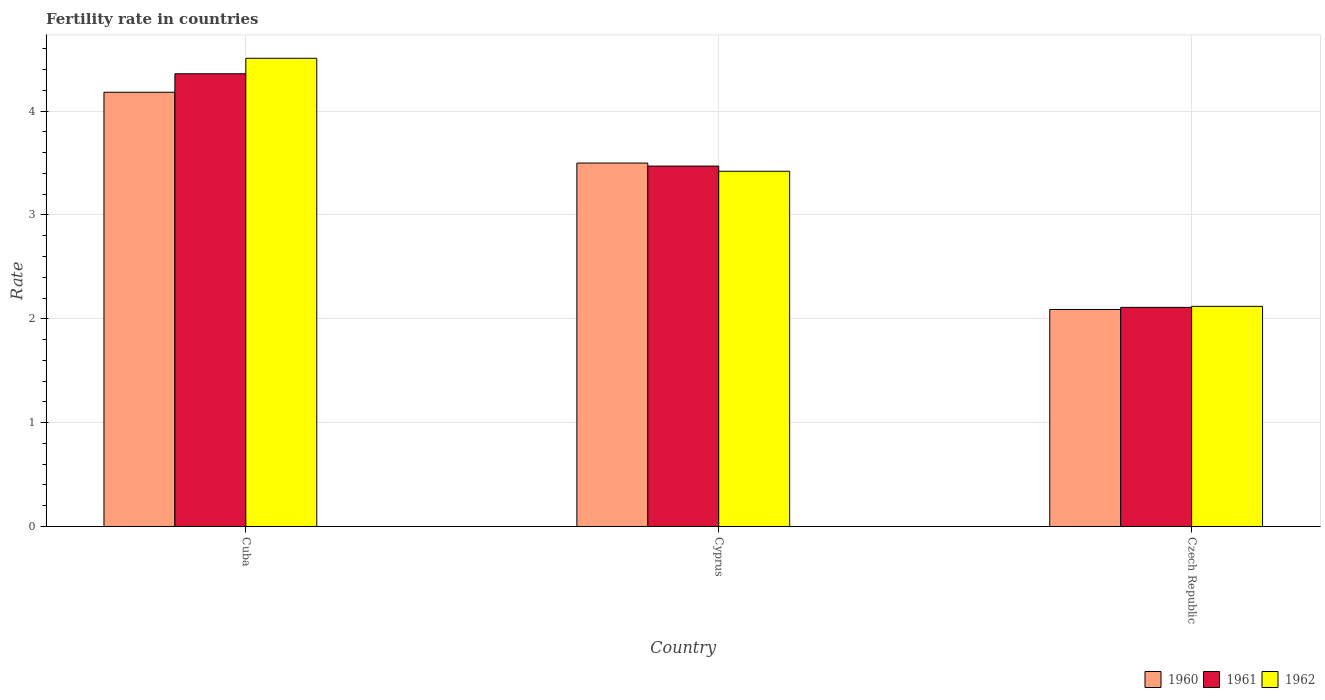
| Country | 1960 | 1961 | 1962 |
 | --- | --- | --- | --- |
 | Cuba | 4.18 | 4.36 | 4.51 |
 | Cyprus | 3.5 | 3.47 | 3.42 |
 | Czech Republic | 2.09 | 2.11 | 2.12 |